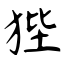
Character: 狴